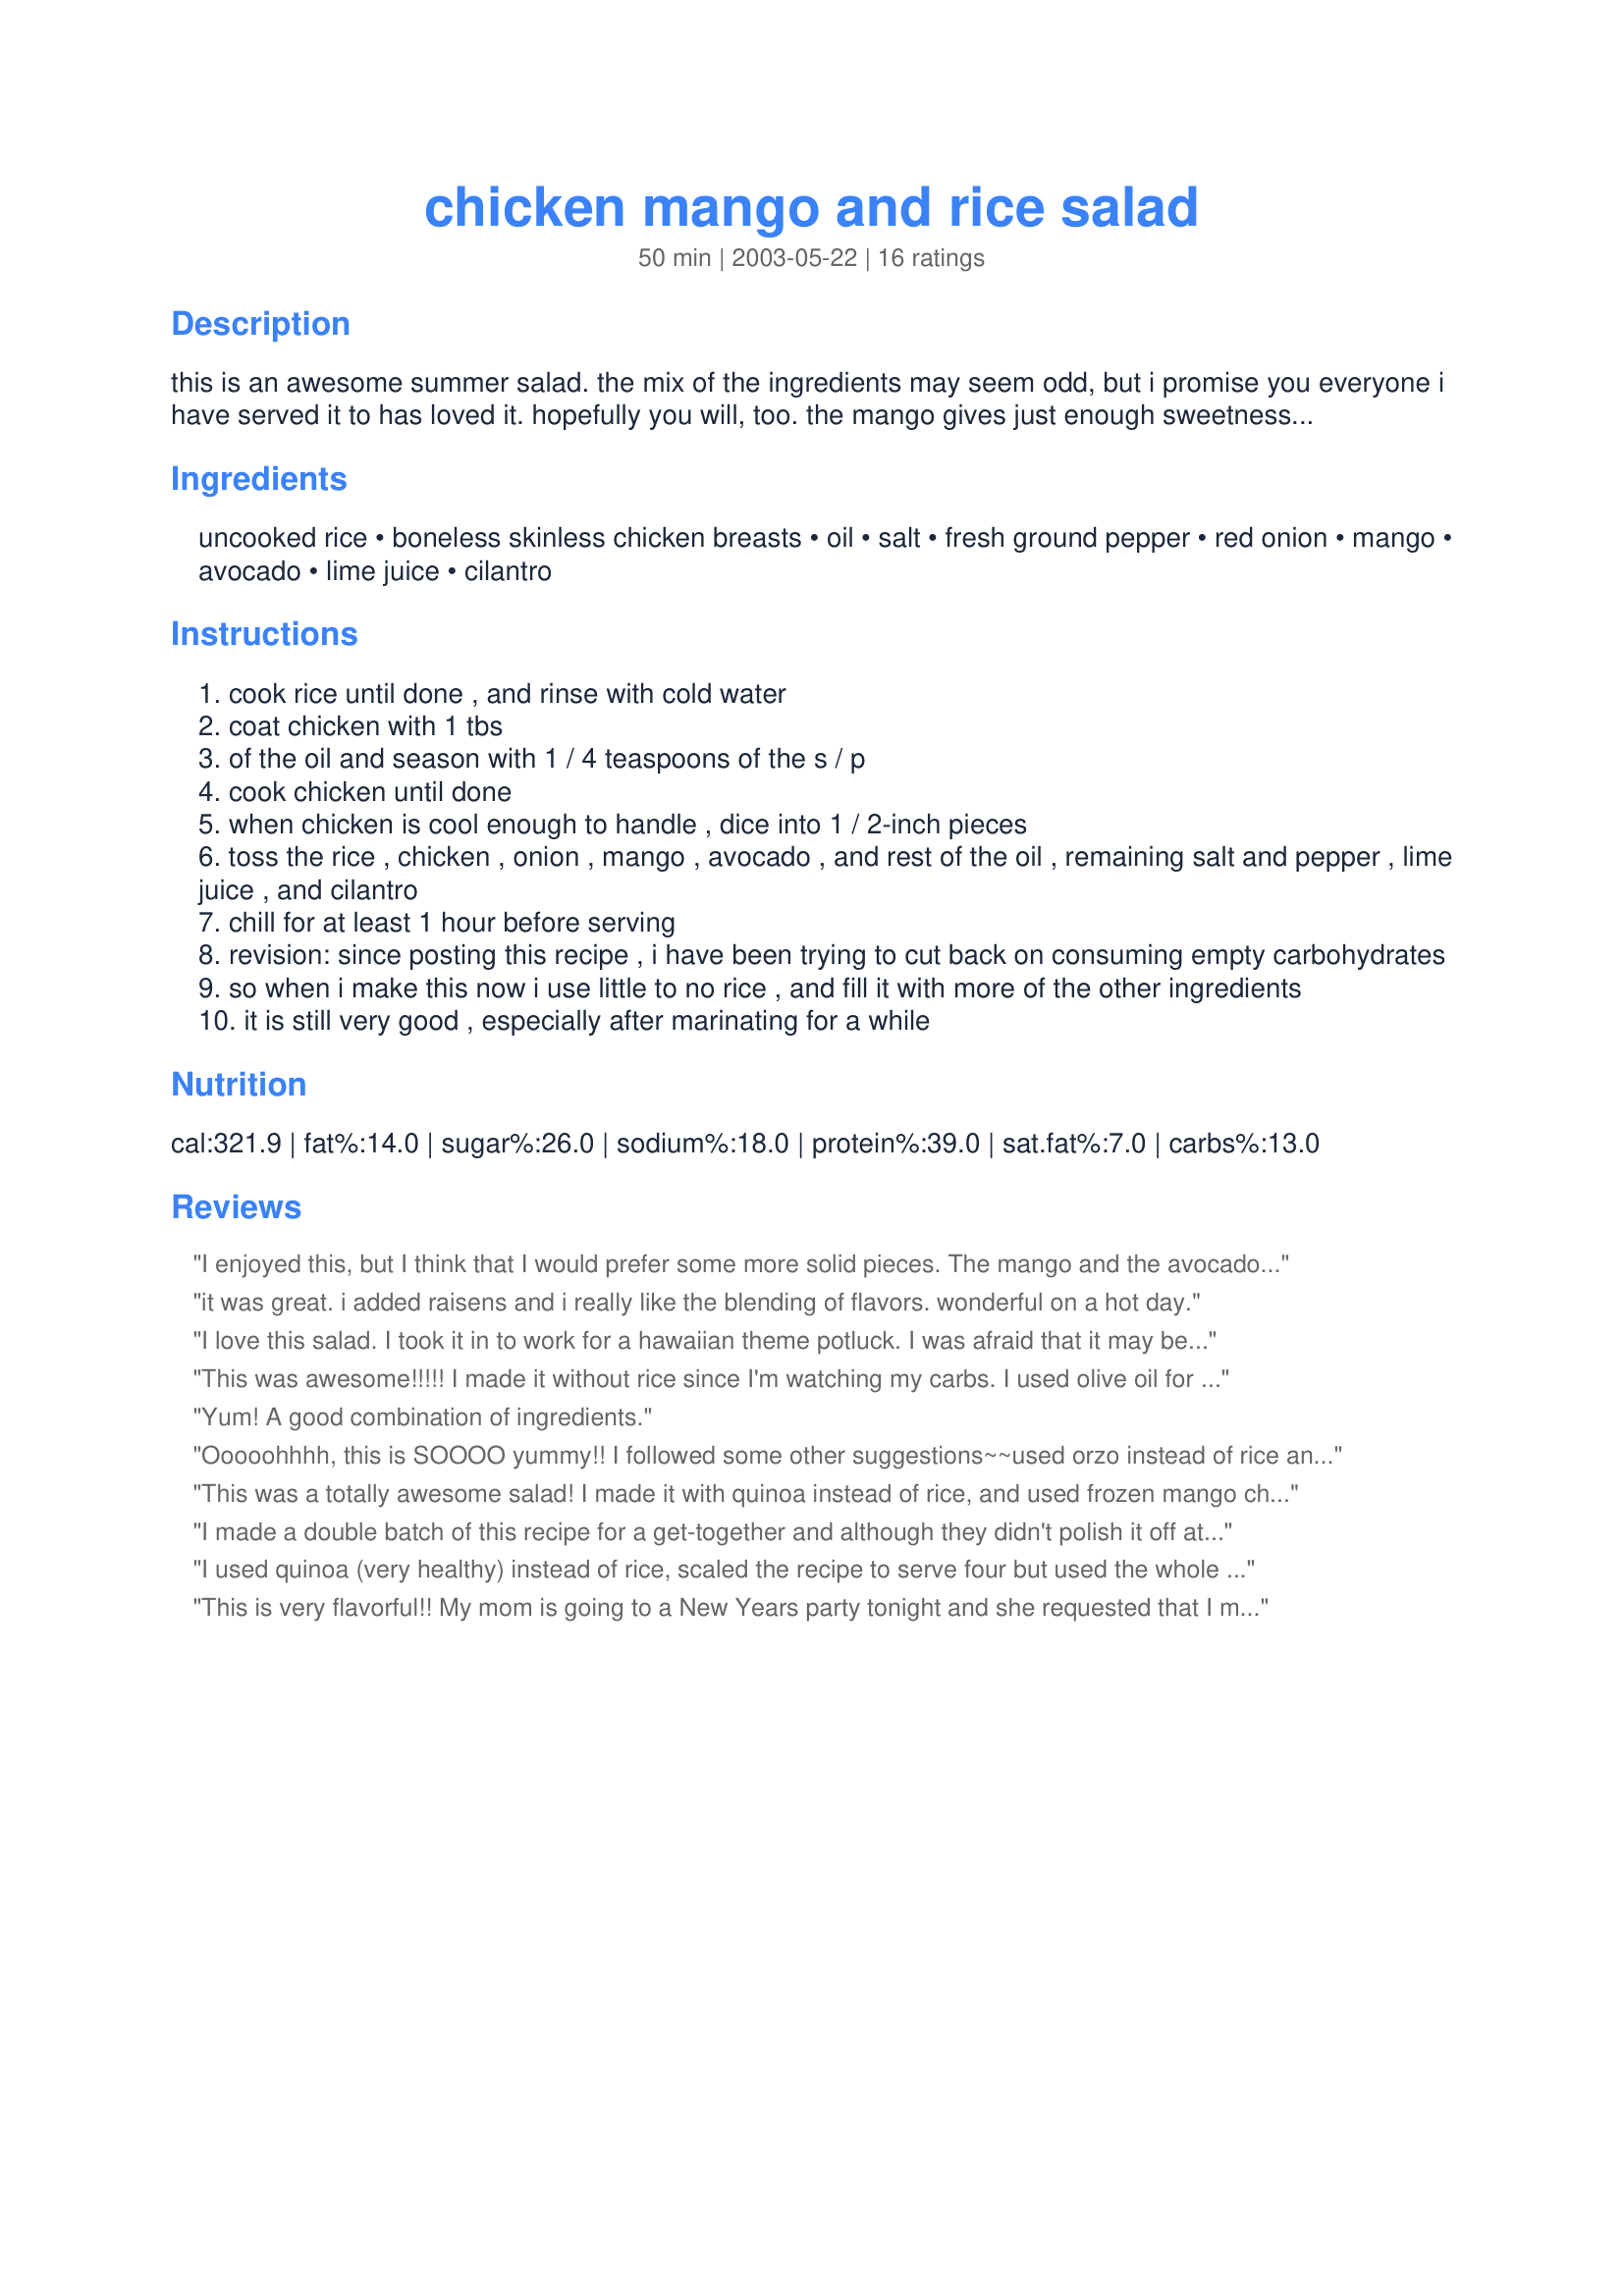
chicken mango and rice salad
Preparation time: 50 minutes

this is an awesome summer salad. the mix of the ingredients may seem odd, but i promise you everyone i have served it to has loved it. hopefully you will, too. the mango gives just enough sweetness to the dish, and the many textures and flavors work well together. you may adjust the amounts to your liking. i tend to like more fruit and cilantro with less rice.

Ingredients:
uncooked rice, boneless skinless chicken breasts, oil, salt, fresh ground pepper, red onion, mango, avocado, lime juice, cilantro

Steps:
cook rice until done , and rinse with cold water
coat chicken with 1 tbs
of the oil and season with 1 / 4 teaspoons of the s / p
cook chicken until done
when chicken is cool enough to handle , dice into 1 / 2-inch pieces
toss the rice , chicken , onion , mango , avocado , and rest of the oil , remaining salt and pepper , lime juice , and cilantro
chill for at least 1 hour before serving
revision: since posting this recipe , i have been trying to cut back on consuming empty carbohydrates
so when i make this now i use little to no rice , and fill it with more of the other ingredients
it is still very good , especially after marinating for a while

Reviews:
I enjoyed this, but I think that I would prefer some more solid pieces. The mango and the avocado was a little too much mush for me as a main course. Possibly some red or yellow bell peppers would be good. Thank you for the recipe, it was very easy.
it was great. i added raisens and i really like the blending of flavors. wonderful on a hot day.
I love this salad. I took it in to work for a hawaiian theme potluck. I was afraid that it may be too healthy for the group (as they don't typically like "healthy" foods), but they loved it. I, too, used bulgur wheat. It adds a nice nutty flavor. With a bit more mango and cilantro, it was perfect. Thanks!
This was awesome!!!!! I made it without rice since I'm watching my carbs. I used olive oil for the ooil and the other flavors are so strong you couldn't taste it. I had a very juicy mango so I only need the juice of 1 lime. After the first batch disappeared, I had to go get more ingredients to make it again! This is in my way more than 5 stars list
Yum! A good combination of ingredients.
Ooooohhhh, this is SOOOO yummy!! I followed some other suggestions~~used orzo instead of rice and doubled the mango & avocado. I also used vidalia onion since that's what I had and used Fri-Chik (veggie chicken). It was absolutely delicious!! My hubby gave it an 8.5/10, which is a HUGE compliment! Thanks so much for sharing! :O)
This was a totally awesome salad! I made it with quinoa instead of rice, and used frozen mango chunks, and it was soooo good! thanks for this recipe, I am sure I will be making this one again.
I made a double batch of this recipe for a get-together and although they didn't polish it off at the party we finished it up at home less than 24 hours later. I did find that it needed more mango, I used 3 mangos for a double recipe. I also used less rice. I'm looking forward to making it again. I know it's going to be one of those dishes that I take to get-togethers that everyone will want the recipe to. I also intend to try out the recipe using bulgur wheat(like in tabouli) instead of the rice. I'll try to remember to come back and let you know how that turned out.
I used quinoa (very healthy) instead of rice, scaled the recipe to serve four but used the whole mango, and added cashews and fresh snipped chives from the garden. Delicioso!!
This is very flavorful!! My mom is going to a New Years party tonight and she requested that I make something light because we've all been overloaded on the comfort foods this holiday season. This was the ticket!! Made exactly as indicated except I used a grapeseed oil for the oil so it would be as healthy as possible. Who says healthy can't taste great? We put the salad into dixie cups to serve as mini appetizers. Awesome recipe:) Thanks for posting.
I love this on a hot summer day. I've made this several times now. I've added black beans and corn, which was lovely. I normally use more avocado and mango than whats called for. One of my husbands favorites for his lunches.
I've made this twice now and both were delicious. I agree with your recommendation of using more mango and cilantro. In addition to the red onion, I included some fresh from the garden chives. Fresh everything is by far best. The first time I used chicken, but the second time I used shrimp--both works well! I also added some cashew nuts since I love the crunch. Thanks for posting.
Works with Orzo in place of rice too - yummy, thanks!
I had some champagne mangoes I bought in bulk and searched for a recipe to try. This sounded very strange to me but had great reviews so I decided to try it even though my husband looked at me funny. He didn't get to try it yet but I did and it is amazing!!! I was pleasantly surprised! Such a simple recipe too! I poached my chicken. I used two champagne mangoes and 1 avocado. I used only 3/4 cup uncooked rice and that was plenty since other reviews mentioned using less. I used a Videlia onion since their sweet. I was a little short on my cilantro because my plant is on the end of of its season but more would have been even better! Thank you for a nice lite and refreshing summer recipe! I will make again!
YUM! I love this salad! Thanks so much for posting. It's such a tasty option for the summer especially. I used a rotisserie chicken from the store as well as frozen mango...just made the prep a little easier on me and the salad still turned out great. Thanks also for the tip on not using as much rice - lessening it or leaving it out is a great way to lower the carbs and the salad is just as good.
I've made this recipe several times now at the request of my family and friends. It always gets rave reviews. It's not even summer yet and they're asking for more. Instead of browning the chicken, I usually poach it in broth, herbs, and wine and shred it. Additionally, I like to add some chopped cashews to the top of the salad for a little crunch. Yum! Thanks for the recipe!
